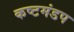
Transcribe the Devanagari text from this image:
कष्टमंडप